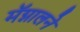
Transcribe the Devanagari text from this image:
मॅग्नालने